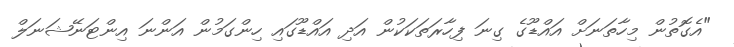
"އެގޮތުން މިހާތަނަށް އައްޑޫގެ ގިނަ ފިހާރަތަކަކުން އަދި އައްޑޫގައި ހިންގަމުން އަންނަ އިންޓަނޭޝަނަލް